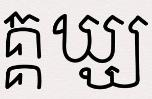
គ្គឃ្ឃ